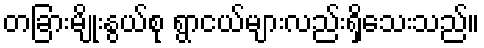
တခြားမျိုးနွယ်စု ရွာငယ်များလည်းရှိသေးသည်။